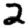
Digit: 2